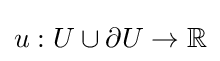
u:U\cup \partial U\rightarrow \mathbb {R}